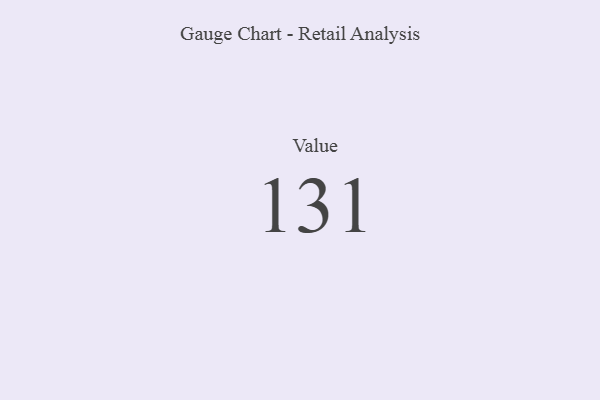
{"axis": {"x": "Metric", "y": "Value"}, "legend": [""], "data": [{"x": "Value", "y": 131, "type": ""}]}